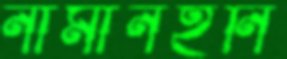
নামানইনি